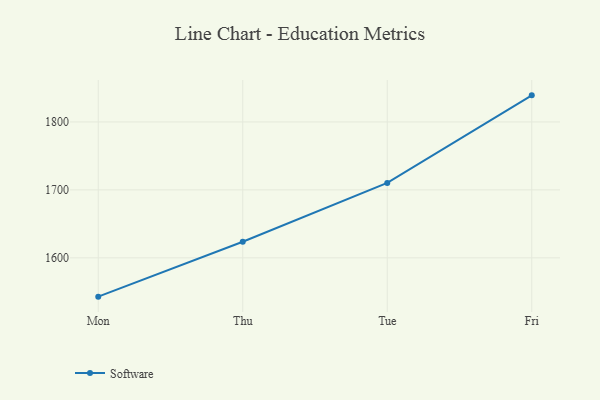
{"axis": {"x": "Day", "y": "Temperature (°C)"}, "legend": ["Software"], "data": [{"x": "Mon", "y": 1542.9, "type": "Software"}, {"x": "Thu", "y": 1623.7, "type": "Software"}, {"x": "Tue", "y": 1710.3, "type": "Software"}, {"x": "Fri", "y": 1839.1, "type": "Software"}]}